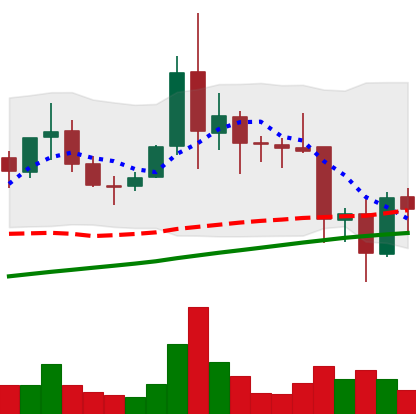
Ticker: XLM-USD
Chart end date: 2021-11-20
Forward return: -4.809%
Label: down_3_5